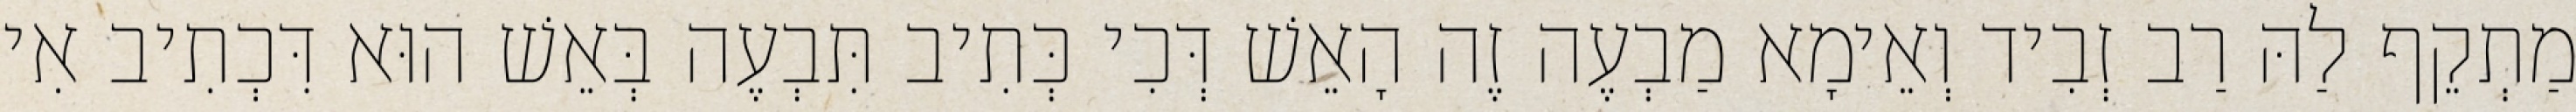
מַתְקֵף לַהּ רַב זְבִיד וְאֵימָא מַבְעֶה זֶה הָאֵשׁ דְּכִי כְּתִיב תִּבְעֶה בְּאֵשׁ הוּא דִּכְתִיב אִי